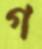
গ